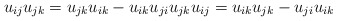
\begin{align*}u_{ij}u_{jk}=u_{jk}u_{ik}-u_{ik}u_{ji} u_{jk}u_{ij}=u_{ik}u_{jk}-u_{ji}u_{ik}\end{align*}